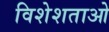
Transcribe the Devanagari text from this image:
विशेशताओ